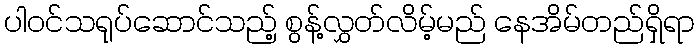
ပါဝင်သရုပ်ဆောင်သည့် စွန့်လွှတ်လိမ့်မည် နေအိမ်တည်ရှိရာ